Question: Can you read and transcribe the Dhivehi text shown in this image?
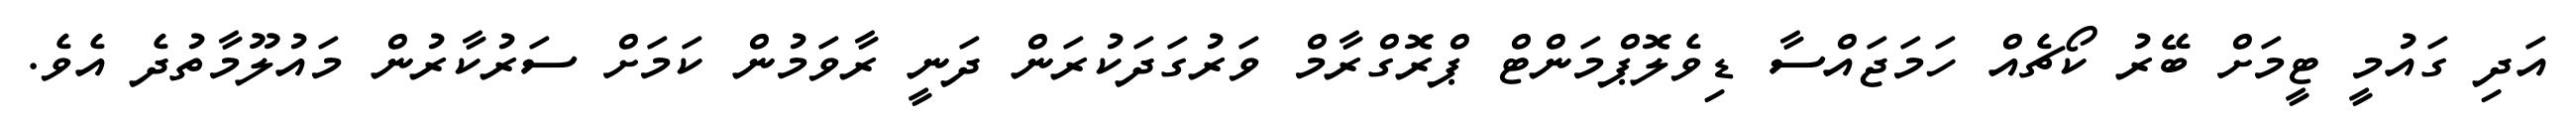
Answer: އަދި ގައުމީ ޓީމަށް ބޭރު ކޯޗެއް ހަމަޖައްސާ ޑިވެލޮޕްމަންޓް ޕްރޮގްރާމް ވަރުގަދަކުރަން ދަނީ ރާވަމުން ކަމަށް ސަރުކާރުން މައުލޫމާތުދެ އެވެ.